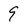
Character: 9